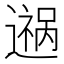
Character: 𬩎